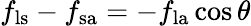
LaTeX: f_{\mathrm{ls}}-f_{\mathrm{sa}}=-f_{\mathrm{la}}\cos\theta